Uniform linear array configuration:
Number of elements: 24
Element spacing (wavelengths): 0.25
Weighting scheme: hann
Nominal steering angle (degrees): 45
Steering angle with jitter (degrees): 44.296
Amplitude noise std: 0.05
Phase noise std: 0.05

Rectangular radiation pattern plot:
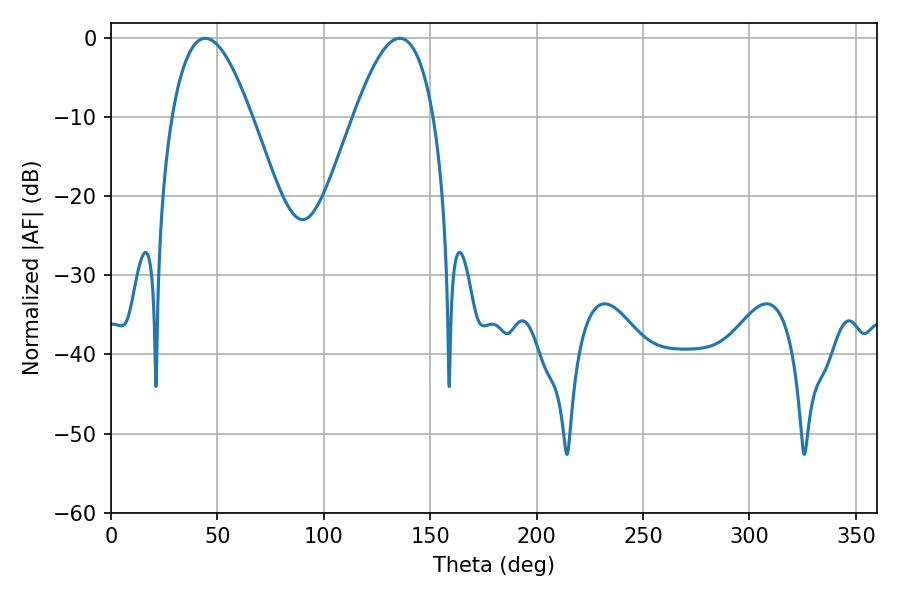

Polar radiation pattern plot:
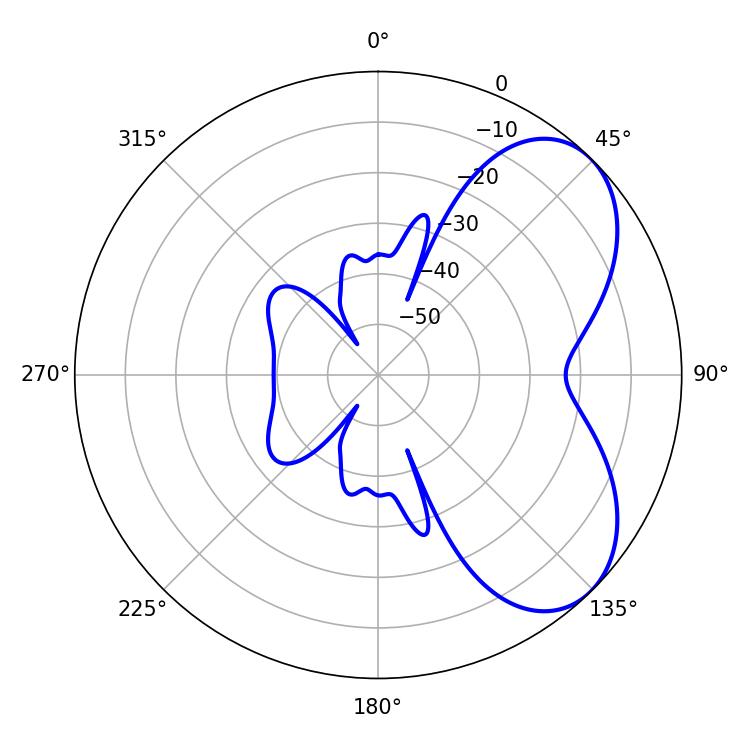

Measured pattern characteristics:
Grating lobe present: FALSE
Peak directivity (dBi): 5.577
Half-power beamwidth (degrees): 20.34
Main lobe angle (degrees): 44.28